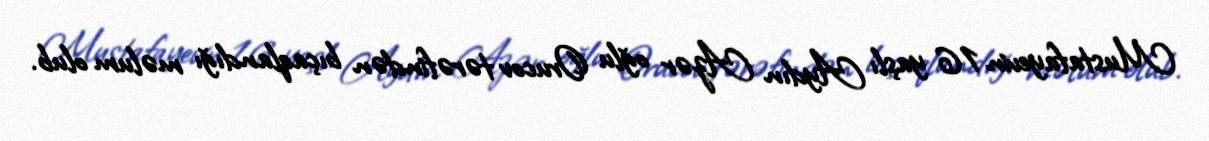
Mustafayevin 16 yaşlı Aydın Azər oğlu Orucov tərəfindən bıçaqlandığı məlum olub.